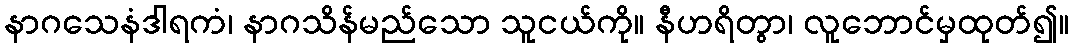
နာဂသေနံဒါရကံ၊ နာဂသိန်မည်သော သူငယ်ကို။ နီဟရိတွာ၊ လူဘောင်မှထုတ်၍။